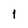
Character: 1